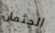
الجثمان